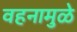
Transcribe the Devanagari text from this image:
वहनामुळे